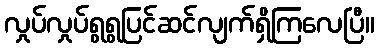
လှုပ်လှုပ်ရွရွပြင်ဆင်လျက်ရှိကြလေပြီ။